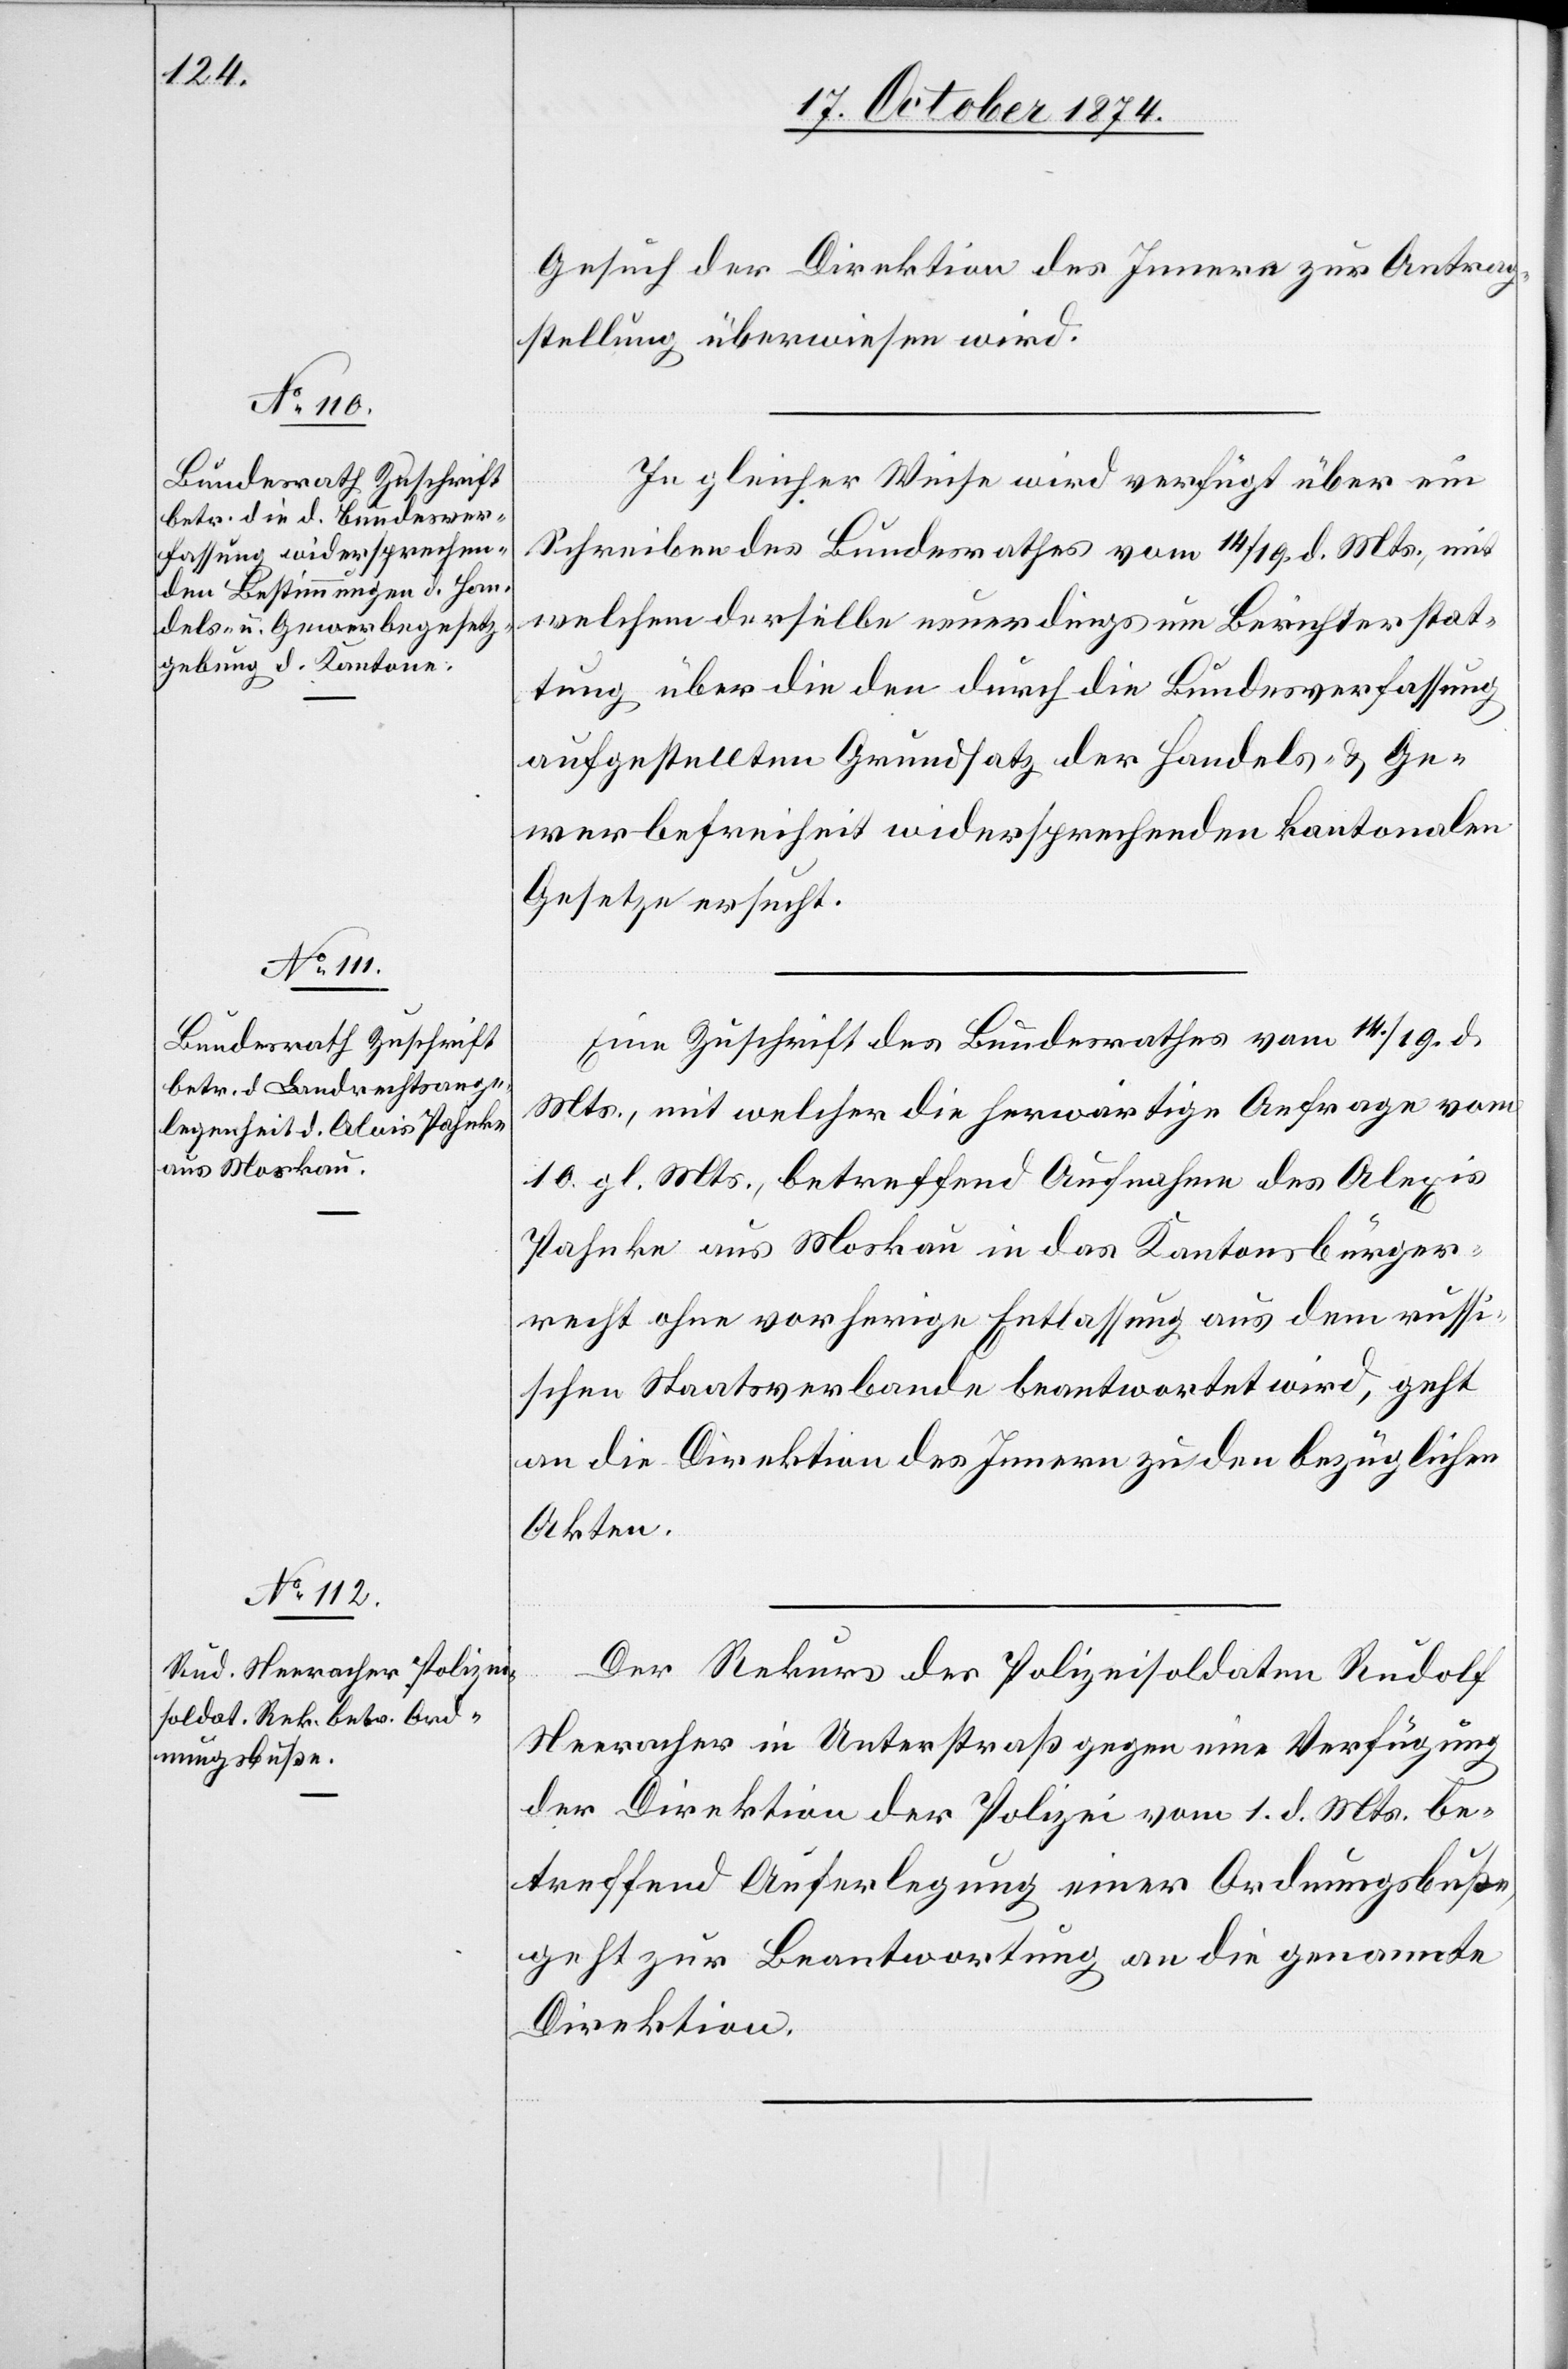
20. October 1874]
Gesuch der Direktion des Innern zur Antrag¬
stellung überwiesen wird.
In gleicher Weise wird verfügt über ein
Schreiben des Bundesrathes vom 14./19. d. Mts., mit
welchem derselbe neuerdings um Berichterstat¬
tung über die den durch die Bundesverfassung
aufgestellten Grundsatz der Handels- & Ge¬
werbefreiheit widersprechenden kantonalen
Gesetze ersucht.
Eine Zuschrift des Bundesrathes vom 14./19. d.
Mts., mit welcher die herwärtige Anfrage vom
10. gl. Mts. betreffend Aufnahme des Alois
Pahnke aus Moskau in das Kantonsbürger¬
recht ohne vorherige Entlassung aus dem russi¬
schen Staatsverbande beantwortet wird, geht
an die Direktion des Innern zu den bezüglichen
Akten.
Der Rekurs des Polizeisoldaten Rudolf
Neeracher in Unterstraß gegen eine Verfügung
der Direktion der Polizei vom 1. d. Mts. be¬
treffend Auferlegung einer Ordnungsbuße
geht zur Beantwortung an die genannte
Direktion.